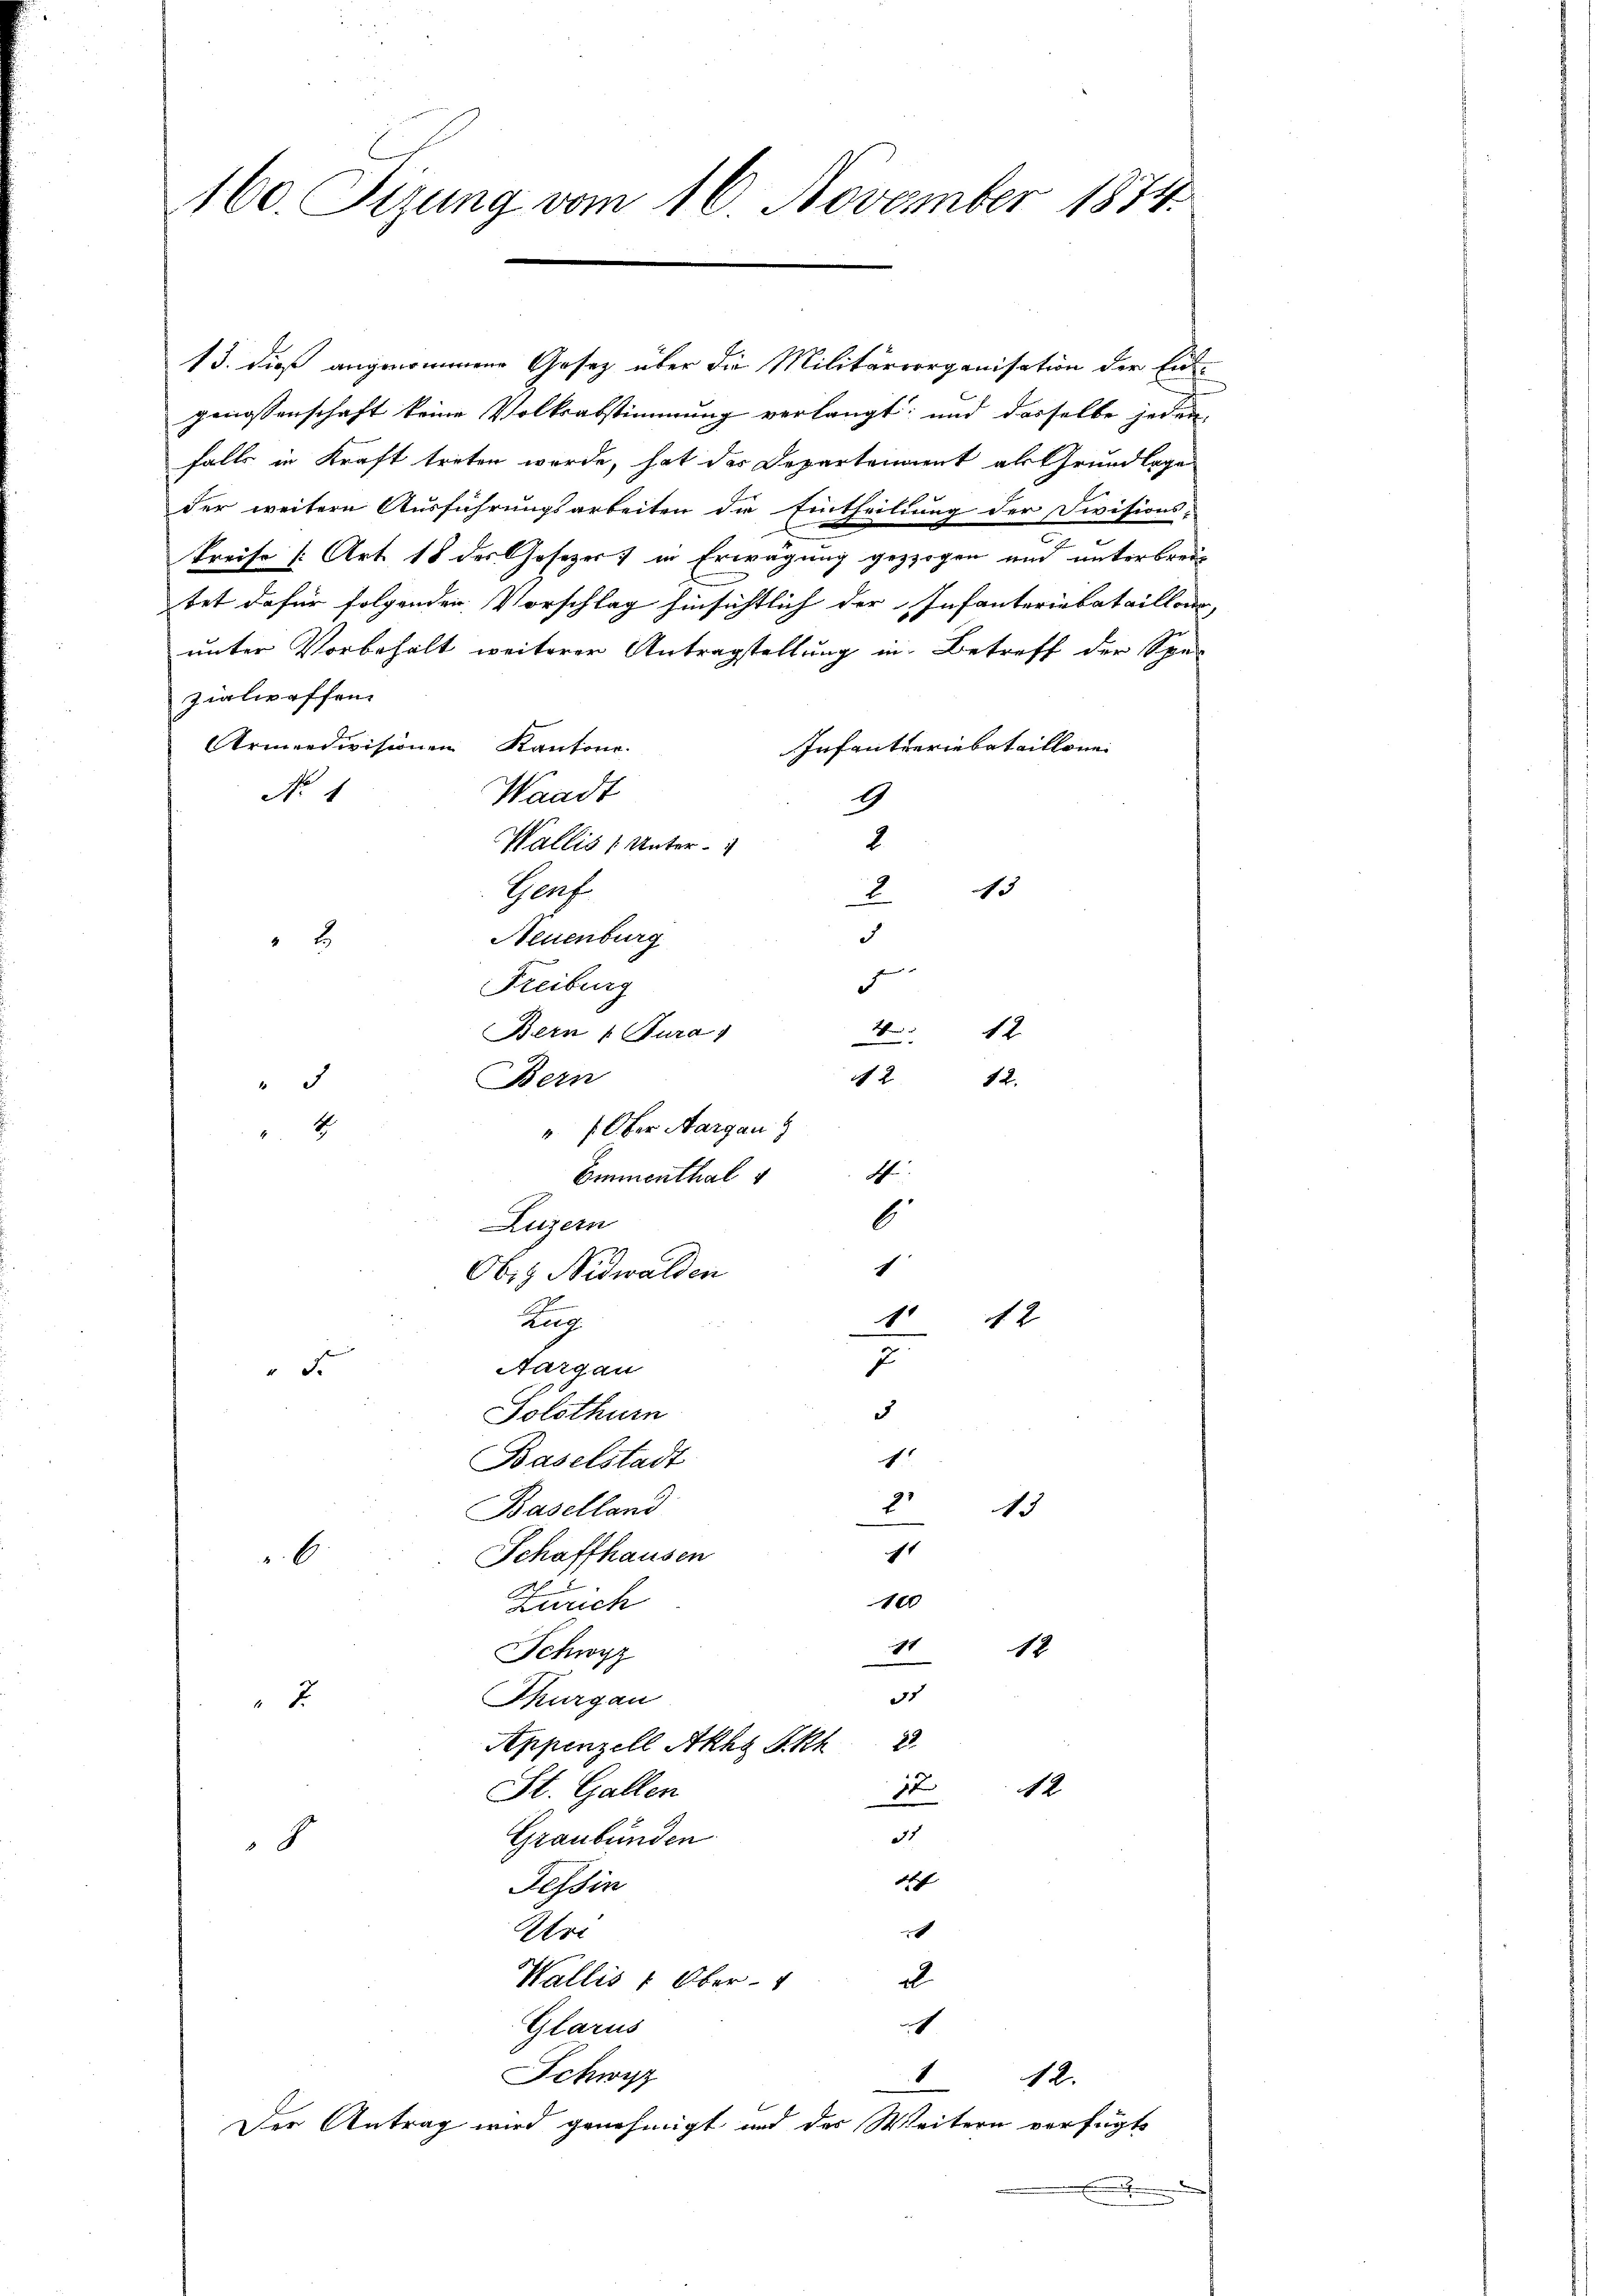
160. Fizung vom 16. November 1874.

13. dieß angenommene Gesetz über die Militärrorganisation der Ein-
genossenschaft keine Volksabstimmung verlangt; und dasselbe jeden
falls in Kraft treten werde, hat der Departenannt als Grundlage
der weitere Ausführungsarbeiten die Eintheilung der Divisions-
Preise [Art. 18 des Gesezer) in Erwägung gezogen und unterbreitet dafür folgender Vorschlag hinsichtlich der Infanteriebataillons,
unter Vorbehalt weiterer Antragstellung in Betreff der Spezialreffen.
Armeedivisionen Kantone.
Infanteriebataillone
Waadt
No 4
9
Wallis (Unter-
Gerf
Neuenburg
2
Freiburg
Bern (Kura
Bern

4
" f Ober Aargau
Emmenthal 1
Luzern
Obig. Nidwalden
Rag
7
Aargau
d
5
Solothurn
c
Baselstadt
2
Baselland
15
c
Schaffhausen
6
100
Zürich
icht
12
Schwyz
d
Thurgau
2
Appenzell Akhg Skh 2
5
x
1
St. Gallen
d
Graubünden
.
4f
Tessin
c
Urt
Wallis 1. Ober-
.
ch
Glarus
Schwyz
12.
1
Der Antrag wird genehmigt und der Weitern verfügte

2
s |
2
d
d
A
12
2
12.
4
6
c
12
11